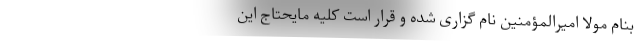
بنام مولا اميرالمؤمنين نام گزاری شده و قرار است کلیه مایحتاج این